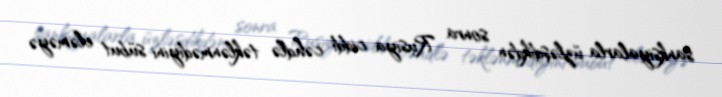
sanksiyalarla üzləşdikdən sonra Rusiya ciddi cəhdlə təklənmədiyini sübut eləməyə